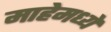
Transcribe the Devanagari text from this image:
माहेमध्ये